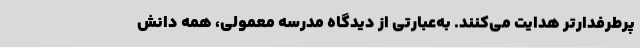
پرطرفدارتر هدایت می‌کنند. به‌عبارتی از دیدگاه مدرسه معمولی، همه دانش